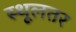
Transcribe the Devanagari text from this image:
स्थूलतर